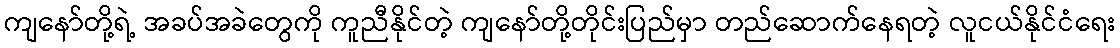
ကျနော်တို့ရဲ့ အခပ်အခဲတွေကို ကူညီနိုင်တဲ့ ကျနော်တို့တိုင်းပြည်မှာ တည်ဆောက်နေရတဲ့ လူငယ်နိုင်ငံရေး